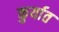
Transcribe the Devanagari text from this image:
कुर्यात